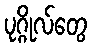
ပုဂ္ဂိုလ်တွေ